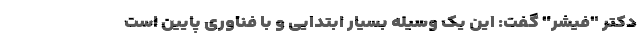
دکتر "فیشر" گفت: این یک وسیله بسیار ابتدایی و با فناوری پایین است